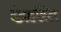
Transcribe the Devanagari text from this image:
इंद्रहस्ति